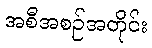
အစီအစဉ်အတိုင်း